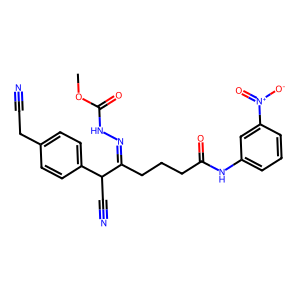
SMILES: COC(=O)NN=C(CCCC(=O)Nc1cccc([N+](=O)[O-])c1)C(C#N)c1ccc(CC#N)cc1
Inhibits HIV replication: No